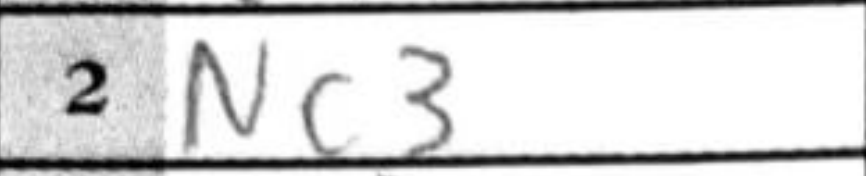
Transcription: Nc3